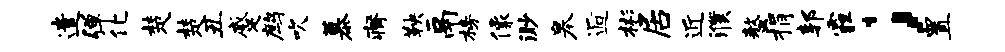
遣弹化楚楚丑蹙鹧吹慕瘠鞅鬲榜像渺皋逅彬居近濮螯捐郭霾；置